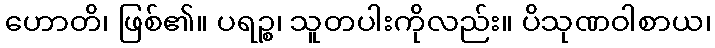
ဟောတိ၊ ဖြစ်၏။ ပရဉ္စ၊ သူတပါးကိုလည်း။ ပိသုဏဝါစာယ၊